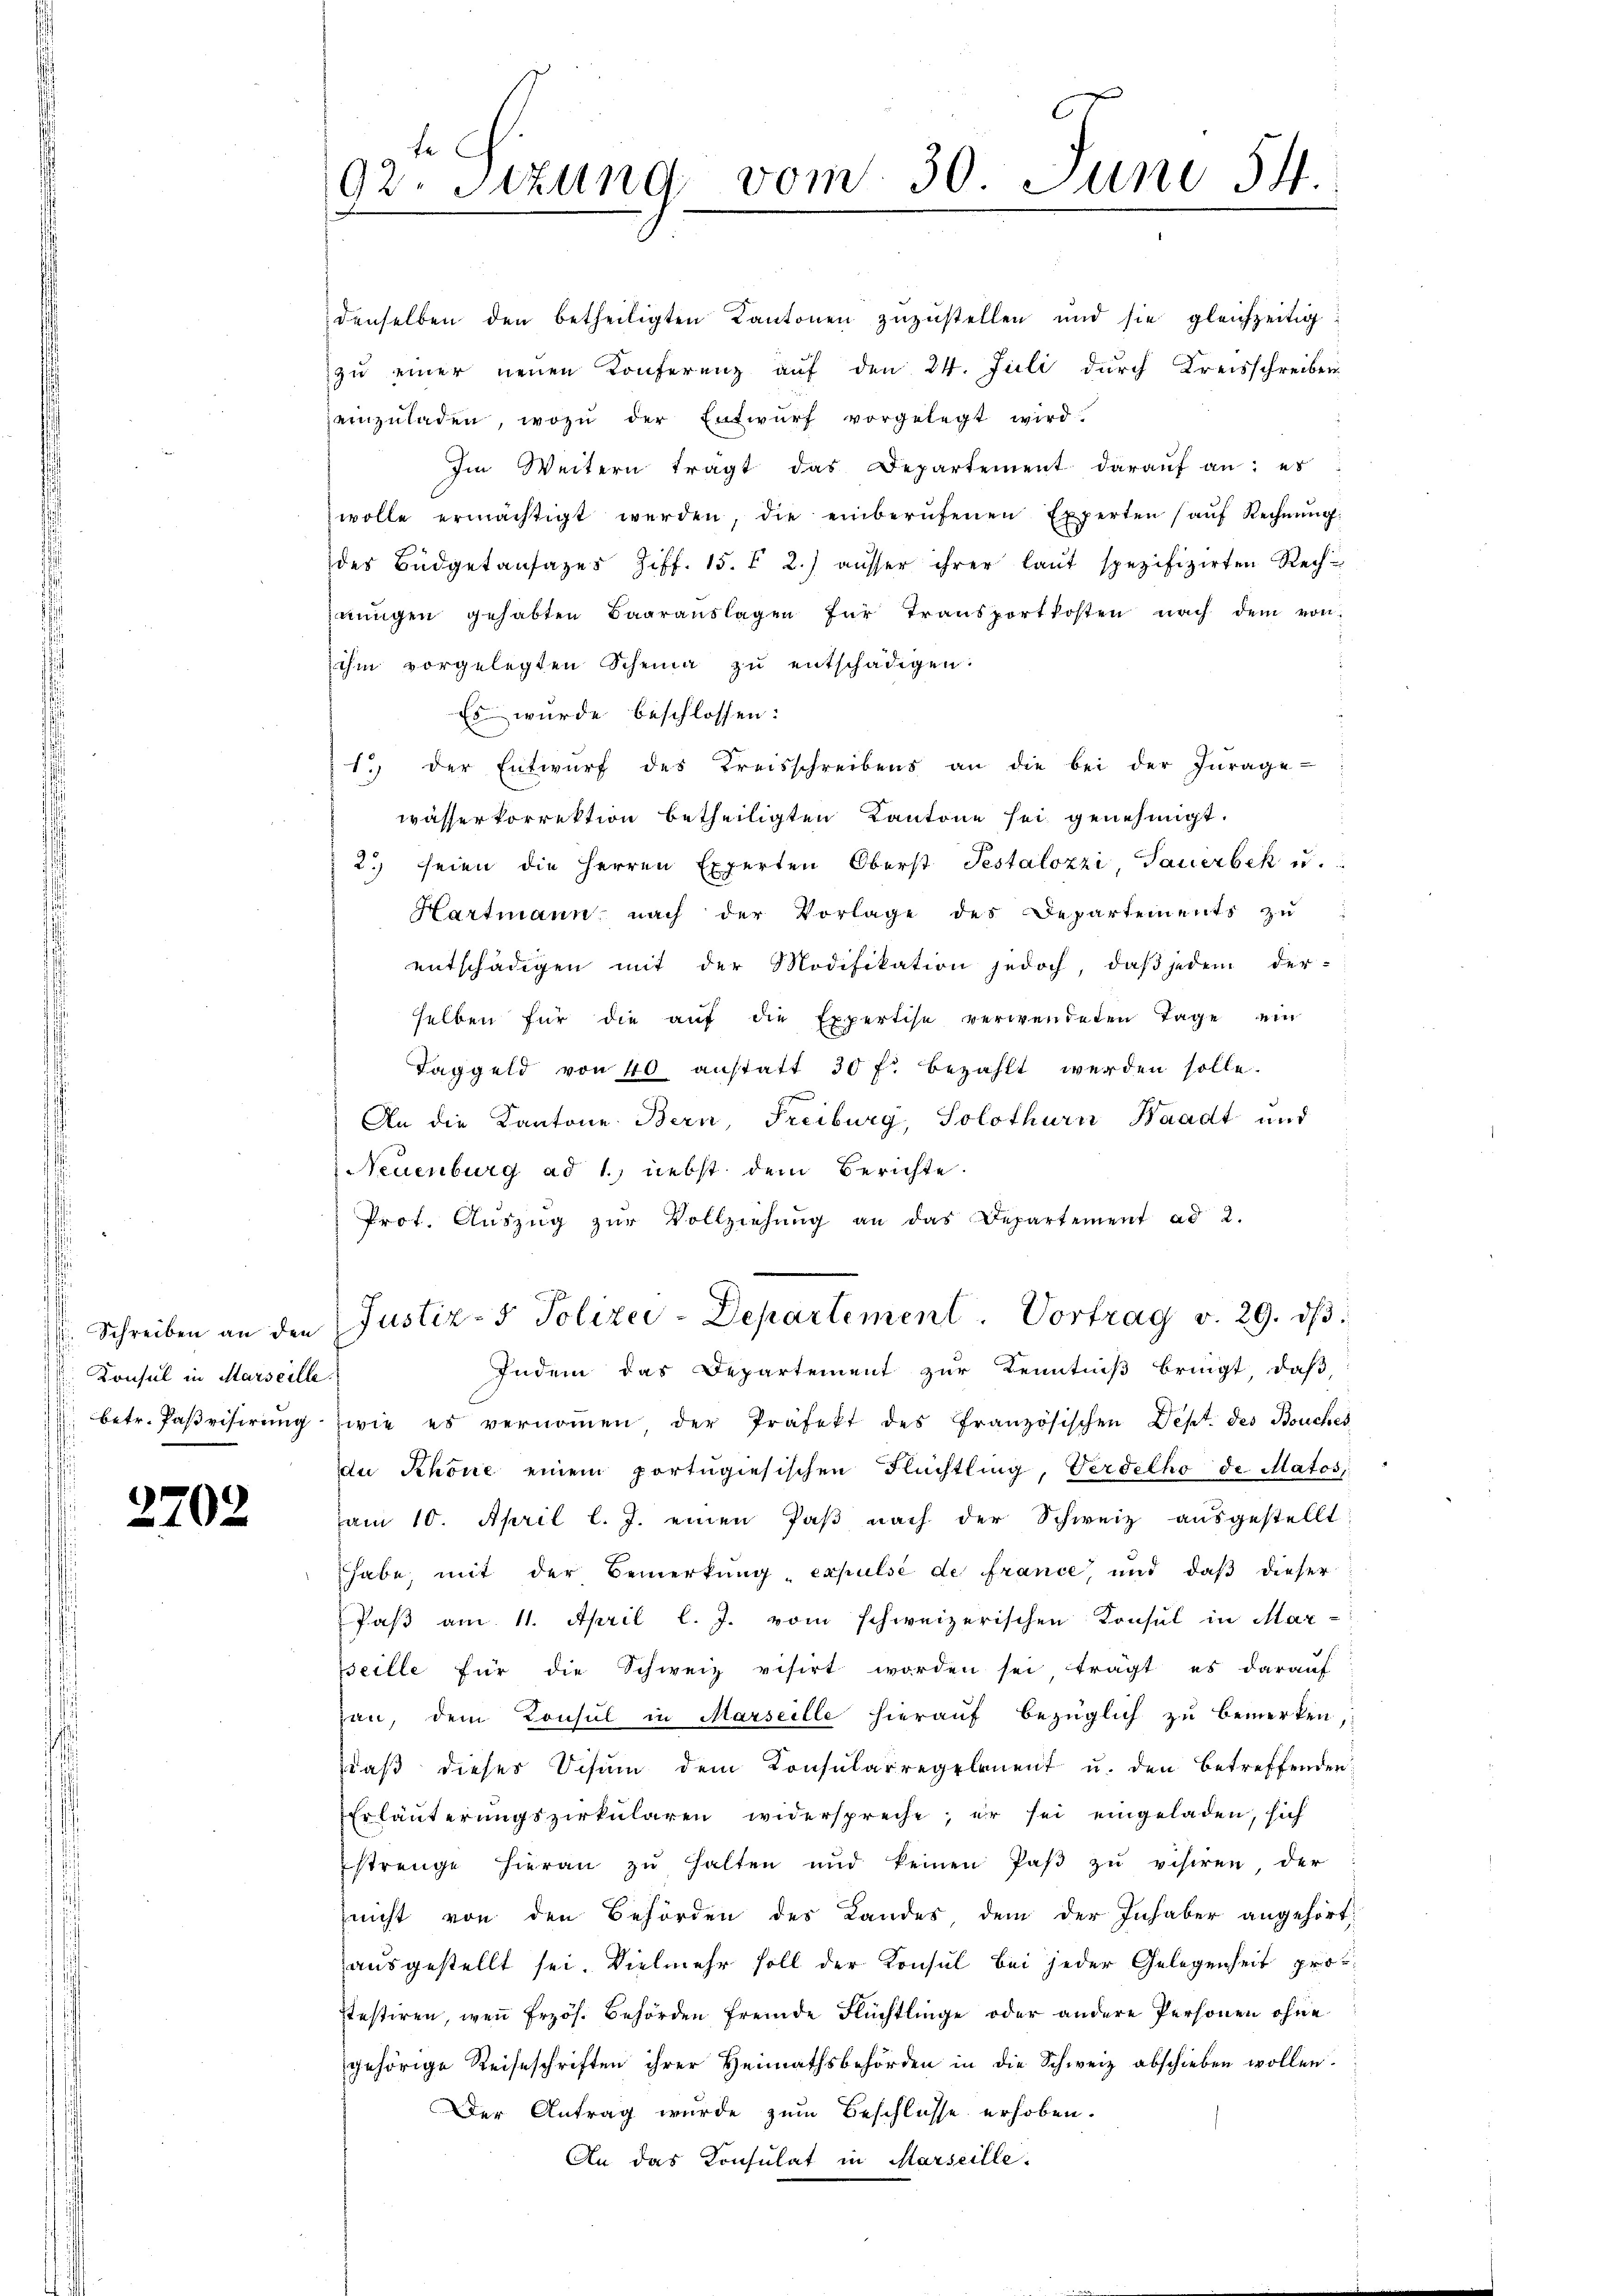
Konsul in Marseille.

2702

92. Stzung vom 30. Juni 54.

nŭngen gehabten Baaraŭslagen für Transportkosten nach dem von
ihm vorgelegten Scheine zŭ entschädigen:
Es wurde beschlossen:
1. der Entwŭrf des Kreisschreibens an die bei der Zŭrage-
wässerkorrektion betheiligten Kantone sei genehmigt.
2) seien die Herren Experten Oberst Testalozzi, Sauerbek u.
Hartmann nach der Vorlage des Departements zu
entschädigen mit der Modifikation jedoch, daβ jedem der-
selben für die aŭf die Expertise verwendeten Tage ein
Taggeld von 40 anstatt 30 f. bezahlt werden solle.
An die Kantone Bern, Freiburg, Solothurn Waadt und
Neuenburg ad 1., nebst dem Berichte.
Prot. Aŭszŭg zŭr Vollziehŭng an das Departement ad 2.
 Schreiben an den Justiz- & Polizei-Departement. Vortrag v. 29. dβ.
Indem das Departement zur Kenntniß bringt, daß
betr. Paβrisirŭng zwie es vernoṁen der Präfekt des französischen Dept. des Bouches
du Khöne einem portugiesischen Flüchtling, Verdelho de Matos
am 10. April l. J. einen Paβ nach der Schweiz ausgestellt.
habe, mit der Bemerkung „expulsé de france, und daß dieser
Paß am 11. April l. J. vom schweizerischen Konsul in Mar-
seille für die Schweiz visirt worden sei trägt, es darauf
han, dem Konsul in Marseille hierauf bezüglich zu bemerken,
daß dieser Visum dem Konsularregelenent u. den betreffenden
Erläuterungszirkularen widerspreche; er sei eingeladen, sich
strenge hieran zŭ halten und keinen Paβ zŭ visiren der
nicht von den Behörden des Landes dem der Inhaber angehört:
ausgestellt sei. Vielmehr soll der Konsul bei jeder Gelegenheit prostestiren, wenn Erzös. Behörden fremde Flüchtlinge oder andere Personen ohne
gehörige Reiseschriften ihrer Heimathsbehörden in die Schweiz abschieben wollen.
Der Antrag wurde zum Beschlüsse erhoben.
An das Konsulat in Marseille

denselben den betheiligten Kantonen zuzustellen und sie gleichzeitig
zu einer neuen Konferenz auf den 24. Juli durch Kreisschreiben
zeinzŭladen, wozu der Entwŭrf vorgelegt wird.
Im Weitern trägt das Departement daraŭf an: es
wolle ermächtigt werden, die einberŭfenen Experten aŭf Rechnŭng:
des Büdgetansages Ziff. 15. u 2.) ausser ihrer laŭt spezifizirten Rech-